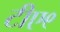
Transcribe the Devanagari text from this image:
टीए९